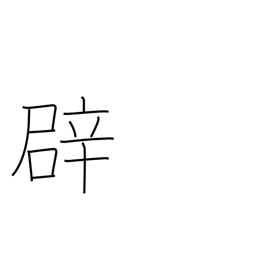
Meaning: false